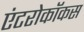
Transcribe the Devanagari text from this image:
एंटरोकॉकस